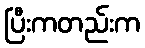
ပြီးကတည်းက